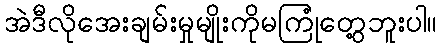
အဲဒီလိုအေးချမ်းမှုမျိုးကိုမကြုံတွေ့ဘူးပါ။